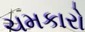
ચમકારો